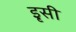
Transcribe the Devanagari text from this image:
इृसी